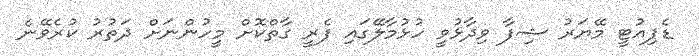
ޑެޕިއުޓީ މޭޔަރު ޝިފާ ވިދާޅުވީ ހުޅުމާލޭގައި ފެރީ ގާތްކޮށް މީހުންނަށް ދަތުރު ކުރެވޭނެ